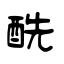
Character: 酰